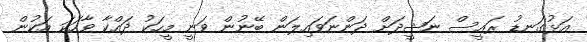
އަޅުގަނޑު ރައީސް ނަޝީދަށް ދަންނަވައިލަން ބޭނުން ވަނީ މީހަކު ދައްކާ ވާހަކަ އަކުން